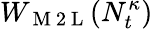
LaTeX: W_{\mathrm{~M~2~L~}}(N_{t}^{\kappa})